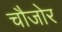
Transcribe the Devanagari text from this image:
चौजोर